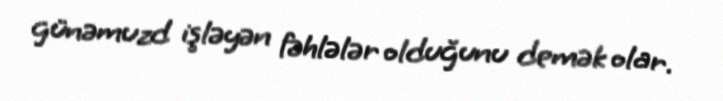
günəmuzd işləyən fəhlələr olduğunu demək olar.